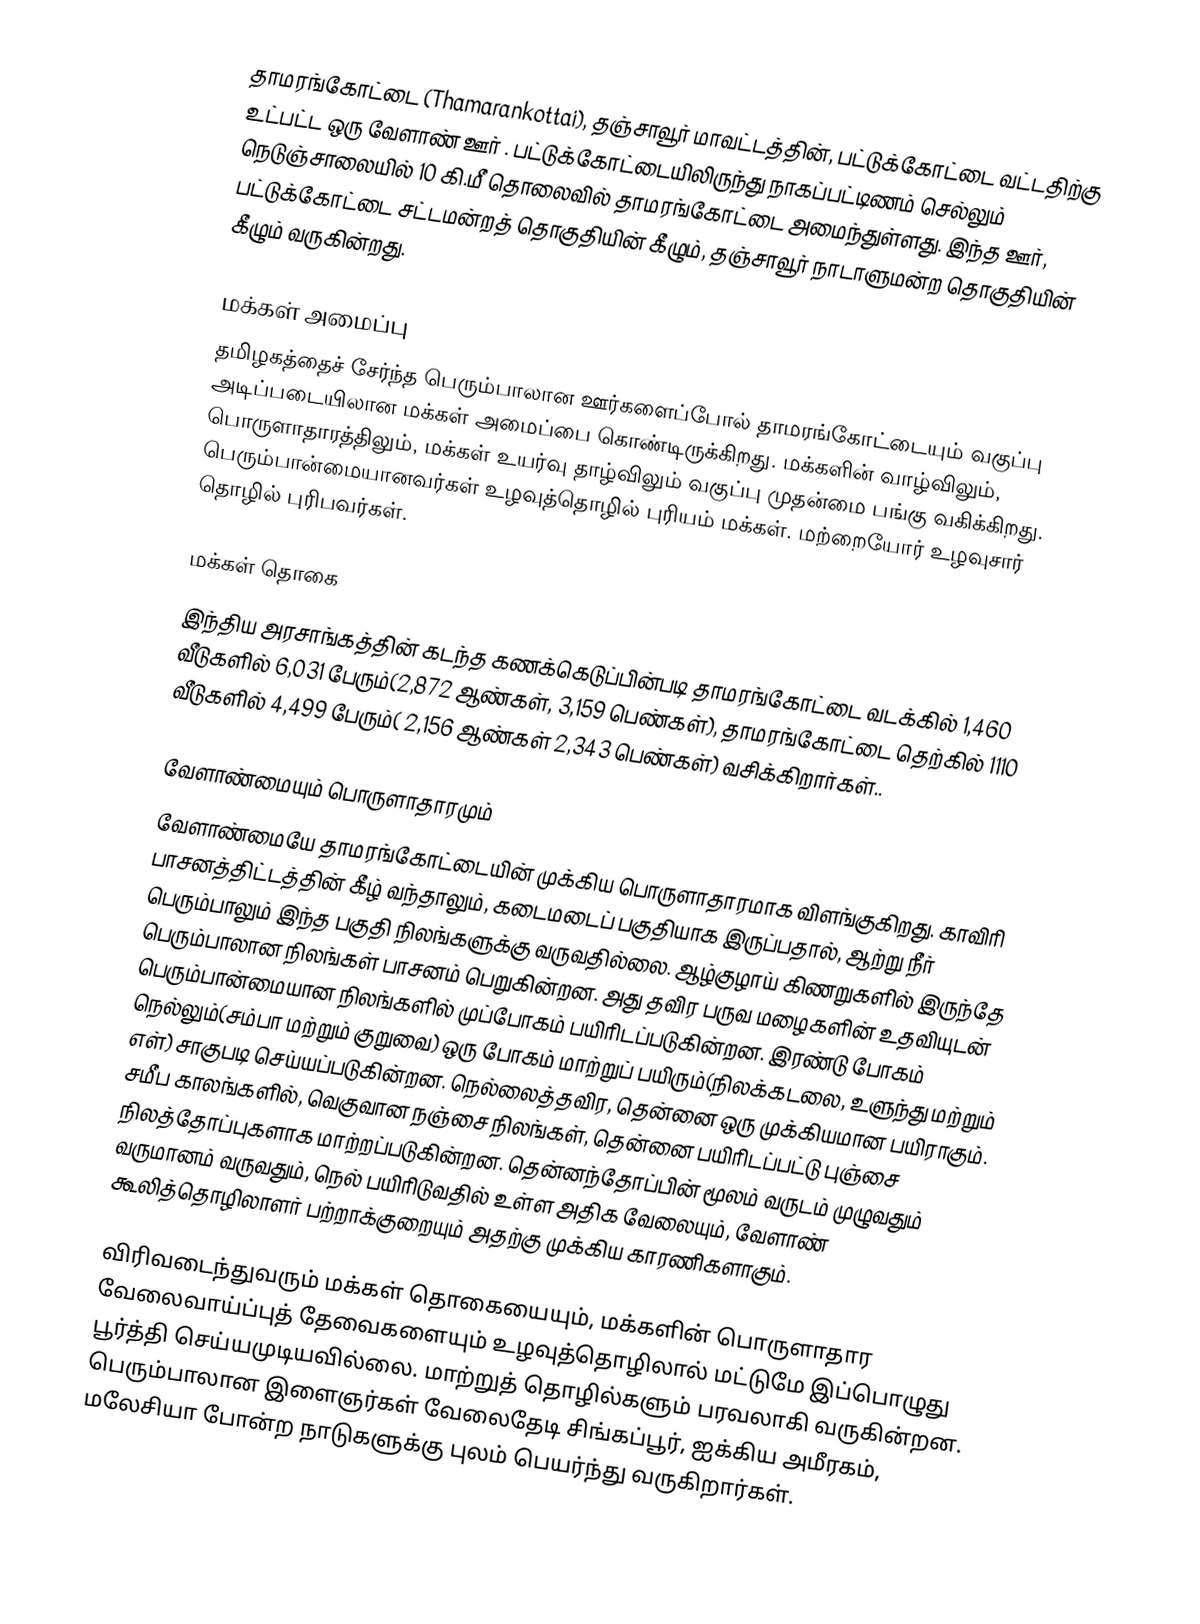
தாமரங்கோட்டை (Thamarankottai), தஞ்சாவூர் மாவட்டத்தின், பட்டுக்கோட்டை வட்டதிற்கு உட்பட்ட ஒரு வேளாண் ஊர் . பட்டுக்கோட்டையிலிருந்து நாகப்பட்டிணம் செல்லும் நெடுஞ்சாலையில் 10 கி.மீ தொலைவில் தாமரங்கோட்டை அமைந்துள்ளது. இந்த ஊர், பட்டுக்கோட்டை சட்டமன்றத் தொகுதியின் கீழும், தஞ்சாவூர் நாடாளுமன்ற தொகுதியின் கீழும் வருகின்றது.

மக்கள்  அமைப்பு
தமிழகத்தைச் சேர்ந்த பெரும்பாலான ஊர்களைப்போல் தாமரங்கோட்டையும் வகுப்பு அடிப்படையிலான மக்கள்  அமைப்பை கொண்டிருக்கிறது. மக்களின் வாழ்விலும், பொருளாதாரத்திலும், மக்கள்  உயர்வு தாழ்விலும் வகுப்பு முதன்மை பங்கு வகிக்கிறது. பெரும்பான்மையானவர்கள் உழவுத்தொழில் புரியம் மக்கள். மற்றையோர் உழவுசார் தொழில் புரிபவர்கள்.

மக்கள் தொகை
இந்திய அரசாங்கத்தின் கடந்த கணக்கெடுப்பின்படி தாமரங்கோட்டை வடக்கில் 1,460 வீடுகளில் 6,031 பேரும்(2,872 ஆண்கள், 3,159 பெண்கள்), தாமரங்கோட்டை தெற்கில் 1110 வீடுகளில் 4,499 பேரும்( 2,156 ஆண்கள் 2,343 பெண்கள்) வசிக்கிறார்கள்..

வேளாண்மையும் பொருளாதாரமும்
வேளாண்மையே தாமரங்கோட்டையின் முக்கிய பொருளாதாரமாக விளங்குகிறது. காவிரி பாசனத்திட்டத்தின் கீழ் வந்தாலும், கடைமடைப் பகுதியாக இருப்பதால், ஆற்று நீர் பெரும்பாலும் இந்த பகுதி நிலங்களுக்கு வருவதில்லை. ஆழ்குழாய் கிணறுகளில் இருந்தே பெரும்பாலான நிலங்கள் பாசனம் பெறுகின்றன. அது தவிர பருவ மழைகளின் உதவியுடன் பெரும்பான்மையான நிலங்களில் முப்போகம் பயிரிடப்படுகின்றன. இரண்டு போகம் நெல்லும்(சம்பா மற்றும் குறுவை) ஒரு போகம் மாற்றுப் பயிரும்(நிலக்கடலை, உளுந்து மற்றும் எள்) சாகுபடி செய்யப்படுகின்றன. நெல்லைத்தவிர, தென்னை ஒரு முக்கியமான பயிராகும். சமீப காலங்களில், வெகுவான நஞ்சை நிலங்கள், தென்னை பயிரிடப்பட்டு புஞ்சை நிலத்தோப்புகளாக மாற்றப்படுகின்றன. தென்னந்தோப்பின் மூலம் வருடம் முழுவதும் வருமானம் வருவதும், நெல் பயிரிடுவதில் உள்ள அதிக வேலையும், வேளாண் கூலித்தொழிலாளர் பற்றாக்குறையும் அதற்கு முக்கிய காரணிகளாகும்.

விரிவடைந்துவரும் மக்கள் தொகையையும், மக்களின் பொருளாதார வேலைவாய்ப்புத் தேவைகளையும் உழவுத்தொழிலால் மட்டுமே இப்பொழுது பூர்த்தி செய்யமுடியவில்லை. மாற்றுத் தொழில்களும் பரவலாகி வருகின்றன. பெரும்பாலான இளைஞர்கள் வேலைதேடி சிங்கப்பூர், ஐக்கிய அமீரகம், மலேசியா போன்ற நாடுகளுக்கு புலம் பெயர்ந்து வருகிறார்கள்.